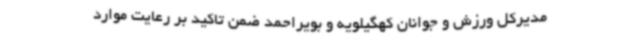
مدیرکل ورزش و جوانان کهگیلویه و بویراحمد ضمن تاکید بر رعایت موارد